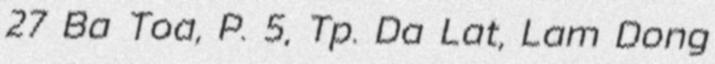
27 Ba Toa, P. 5, Tp. Da Lat, Lam Dong